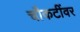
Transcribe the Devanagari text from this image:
चौकटींवर